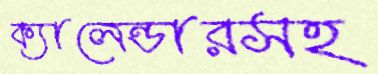
ক্যালেন্ডারসহ